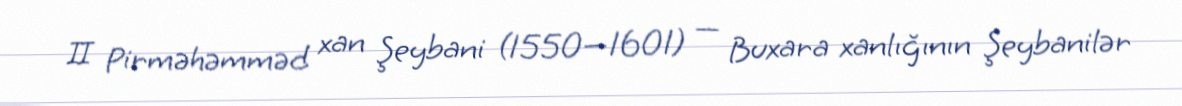
II Pirməhəmməd xan Şeybani (1550—1601) — Buxara xanlığının Şeybanilər